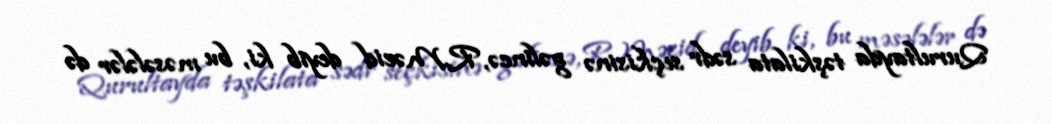
Qurultayda təşkilata sədr seçkisinə gəlincə, R.Məcid deyib ki, bu məsələlər də